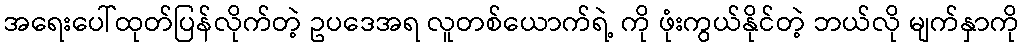
အရေးပေါ်ထုတ်ပြန်လိုက်တဲ့ ဥပဒေအရ လူတစ်ယောက်ရဲ့ ကို ဖုံးကွယ်နိုင်တဲ့ ဘယ်လို မျက်နှာကို